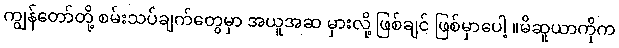
ကျွန်တော်တို့ စမ်းသပ်ချက်တွေမှာ အယူအဆ မှားလို့ ဖြစ်ချင် ဖြစ်မှာပေါ့ ။မိဆူယာကိုက